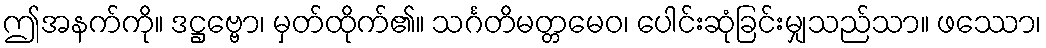
ဤအနက်ကို။ ဒဋ္ဌဗ္ဗော၊ မှတ်ထိုက်၏။ သင်္ဂတိမတ္တမေဝ၊ ပေါင်းဆုံခြင်းမျှသည်သာ။ ဖဿော၊